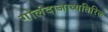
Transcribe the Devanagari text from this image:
गोलंदाजाव्यतिरिक्त